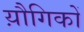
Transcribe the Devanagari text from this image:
य़ौगिकों